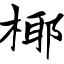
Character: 椰